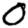
Digit: 0